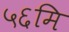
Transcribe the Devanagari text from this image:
५६मि